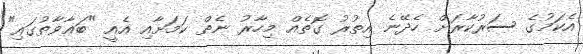
އެކަމުގެ ސަރުކާރަށް ހެދޭނެ އިތުރު ގޮތެއް މިހާރު ނެތް ކަމަށާއި އެއީ "ބަޣާވާތުގައި"